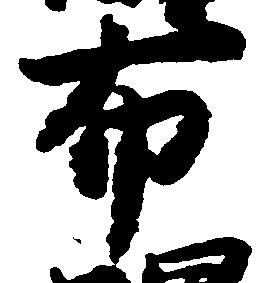
布